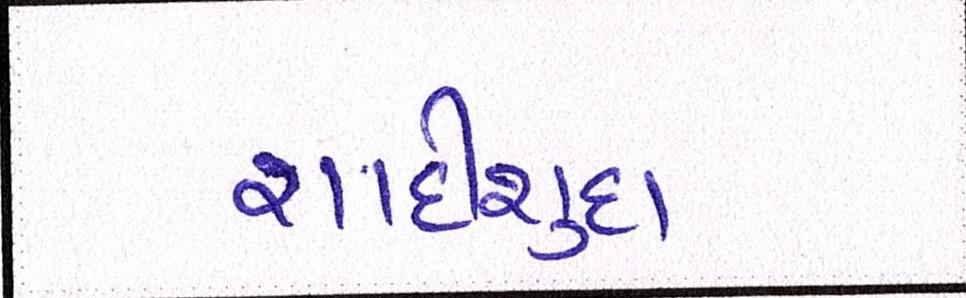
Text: શાદીશુદા